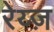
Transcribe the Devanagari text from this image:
रेय्ज़